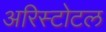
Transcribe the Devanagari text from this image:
अरिस्टोटल